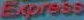
Express